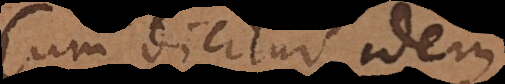
Cum dicitur idem